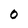
Character: 0